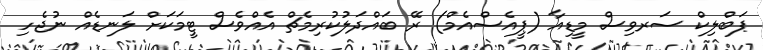
ޕަބްލިކް ސަރވިސް މީޑިއާ (ޕީއެސްއެމް) ރޭ ބައްދަލުކުރިމެޗް އެއްވެސް ޓީމަކަށް ލަނޑެއް ނުޖެހި